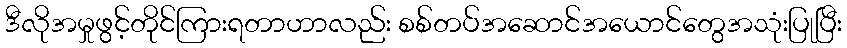
ဒီလိုအမှုဖွင့်တိုင်ကြားရတာဟာလည်း စစ်တပ်အဆောင်အယောင်တွေအသုံးပြုပြီး